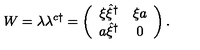
W = \lambda \lambda ^ { c \dag } = \left( \begin{array} { c c } { \xi \hat { \xi } ^ { \dag } } & { \xi a } \\ { a \hat { \xi } ^ { \dag } } & { 0 } \\ \end{array} \right) .